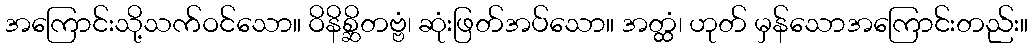
အကြောင်းသို့သက်ဝင်သော။ ဝိနိစ္ဆိတဗ္ဗံ၊ ဆုံးဖြတ်အပ်သော။ အတ္ထံ၊ ဟုတ် မှန်သောအကြောင်းတည်း။